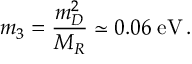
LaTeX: m _ { 3 } = \frac { m _ { D } ^ { 2 } } { M _ { R } } \simeq 0 . 0 6 \; \mathrm { e V } \, .